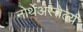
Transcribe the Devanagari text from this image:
नोर्थेअस्तेर्ल्य